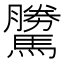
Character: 𩦜